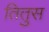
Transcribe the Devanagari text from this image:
तितुस